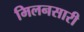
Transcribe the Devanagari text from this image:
मिलनसारी